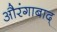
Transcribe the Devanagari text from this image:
औरंगाबाद्